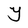
Character: Y